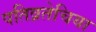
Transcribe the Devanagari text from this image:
पतिव्रतेचिया